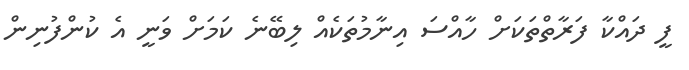
ފީ ދައްކާ ފަރާތްތަކަށް ހާއްސަ އިނާމުތަކެއް ލިބޭނެ ކަމަށް ވަނީ އެ ކުންފުނިން